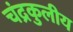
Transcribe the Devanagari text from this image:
चंद्रकुलीय